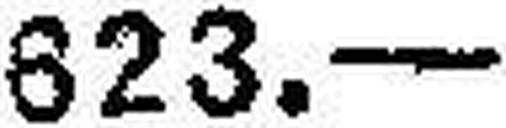
823.—